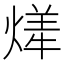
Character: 㷣